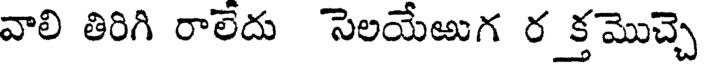
వాలి తిరిగి రాలేదు సెలయేఱుగ ర క్తమొచ్చె